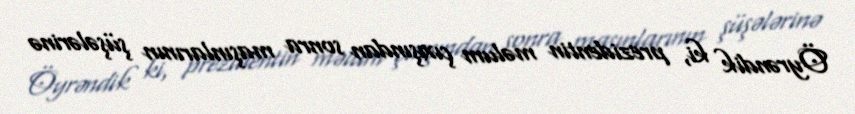
Öyrəndik ki, prezidentin məlum çıxışından sonra maşınlarının şüşələrinə